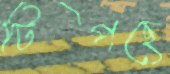
টিপছে